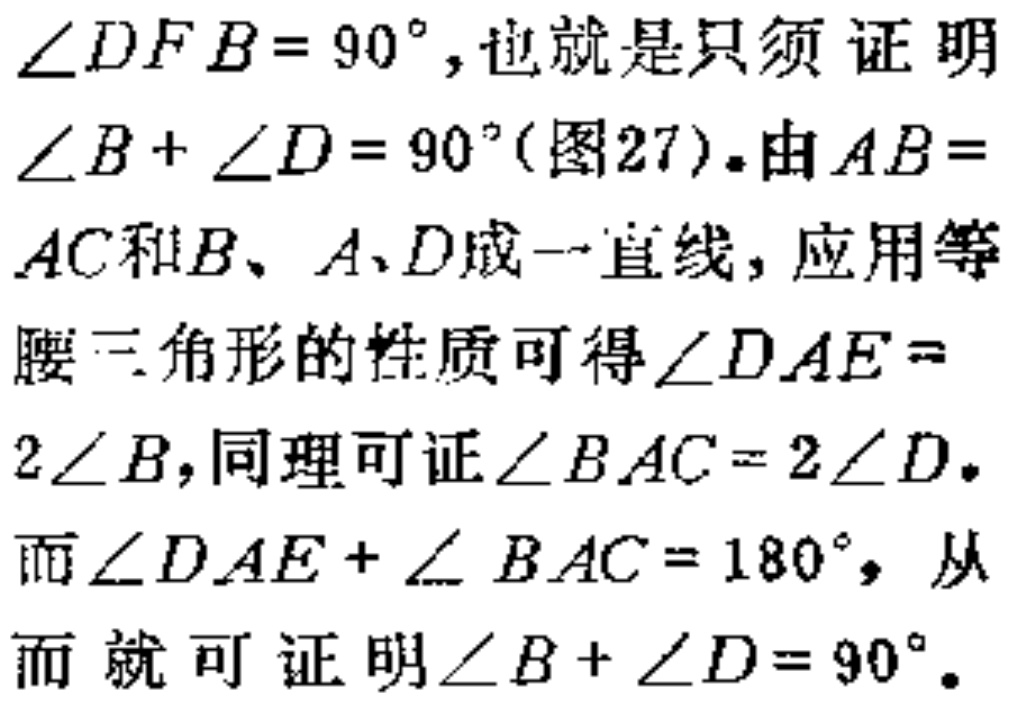
\(\angle DFB = 90^{\circ}\),也就是只须证明\(\angle B+\angle D = 90^{\circ}\)(图27).由\(AB = AC\)和\(B、A、D\)成一直线, 应用等腰三角形的性质可得\(\angle DAE = 2\angle B\),同理可证\(\angle BAC = 2\angle D\). 而\(\angle DAE+\angle BAC = 180^{\circ}\), 从而就可证明\(\angle B+\angle D = 90^{\circ}\).